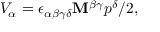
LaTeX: V _ { \alpha } = \epsilon _ { \alpha \beta \gamma \delta } \mathbf { M } ^ { \beta \gamma } p ^ { \delta } / 2 ,